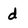
Character: d